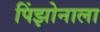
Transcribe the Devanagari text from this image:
पिंझोनाला